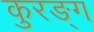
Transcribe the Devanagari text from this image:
कुरङ्ग